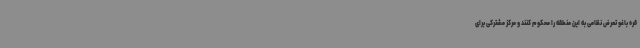
قره باغو تعرض نظامی به این منطقه را محکوم کنند و مرکز مشترکی برای